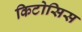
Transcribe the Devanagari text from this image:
किटोसिस